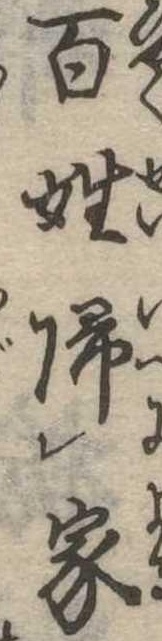
百姓帰家